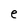
Character: e